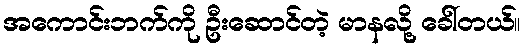
အကောင်းဘက်ကို ဦးဆောင်တဲ့ မာနလို့ ခေါ်တယ်။